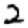
Digit: 2